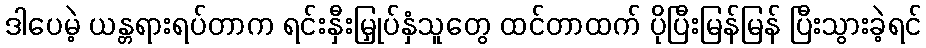
ဒါပေမဲ့ ယန္တရားရပ်တာက ရင်းနှီးမြှုပ်နှံသူတွေ ထင်တာထက် ပိုပြီးမြန်မြန် ပြီးသွားခဲ့ရင်